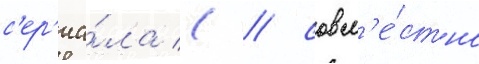
с'ер'иа́ла ( / совм'е́стно